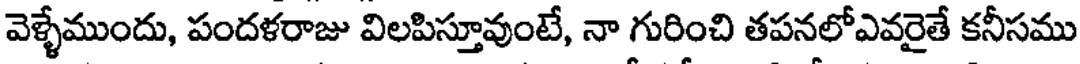
వెళ్ళేముందు, పందళరాజు విలపిస్తూవుంటే, నా గురించి తపనలోఎవరైతే కనీసము